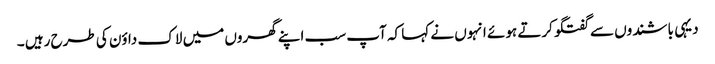
دیہی باشندوں سے گفتگو کرتے ہوئے انہوں نے کہا کہ آپ سب اپنے گھروں میں لاک داؤن کی طرح رہیں ۔